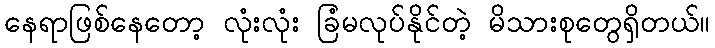
နေရာဖြစ်နေတော့ လုံးလုံး ခြံမလုပ်နိုင်တဲ့ မိသားစုတွေရှိတယ်။